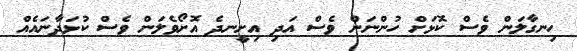
ހިނގާލަން ވެސް ކޮޅަށް ހުންނަން ވެސް އަދި އިށީނދެ އޮށޯވެލަން ވެސް ކުޅަދާނައެއް